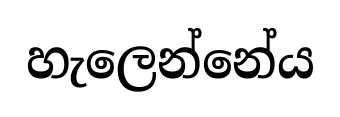
හැලෙන්නේය